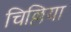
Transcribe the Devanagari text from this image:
चिल्लिया